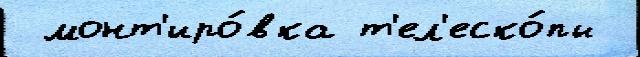
 монт'иро́вка т'ел'еско́пы